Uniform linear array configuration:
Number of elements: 16
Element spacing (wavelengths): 1
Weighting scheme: blackman
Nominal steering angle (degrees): -30
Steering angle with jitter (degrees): -28.37
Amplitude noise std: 0.05
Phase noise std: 0.05

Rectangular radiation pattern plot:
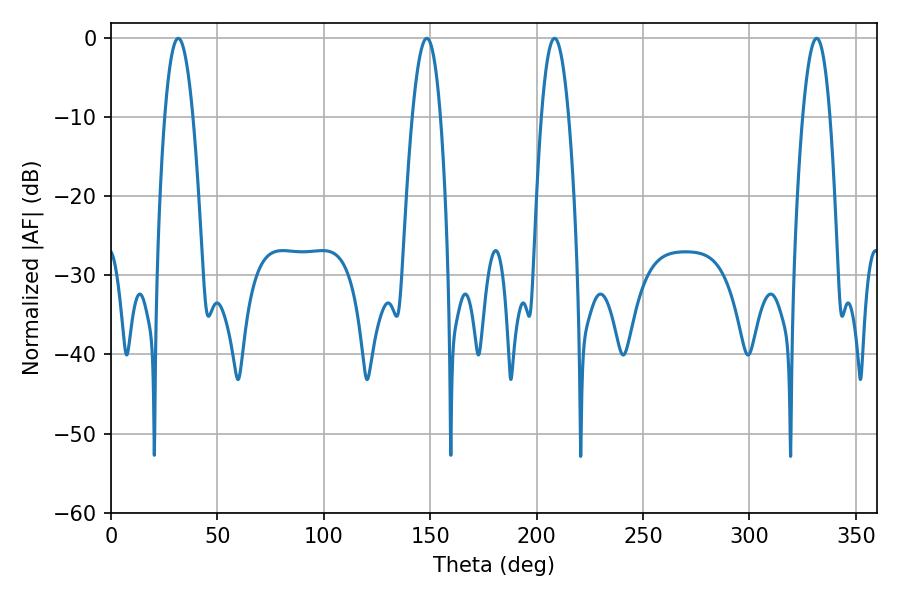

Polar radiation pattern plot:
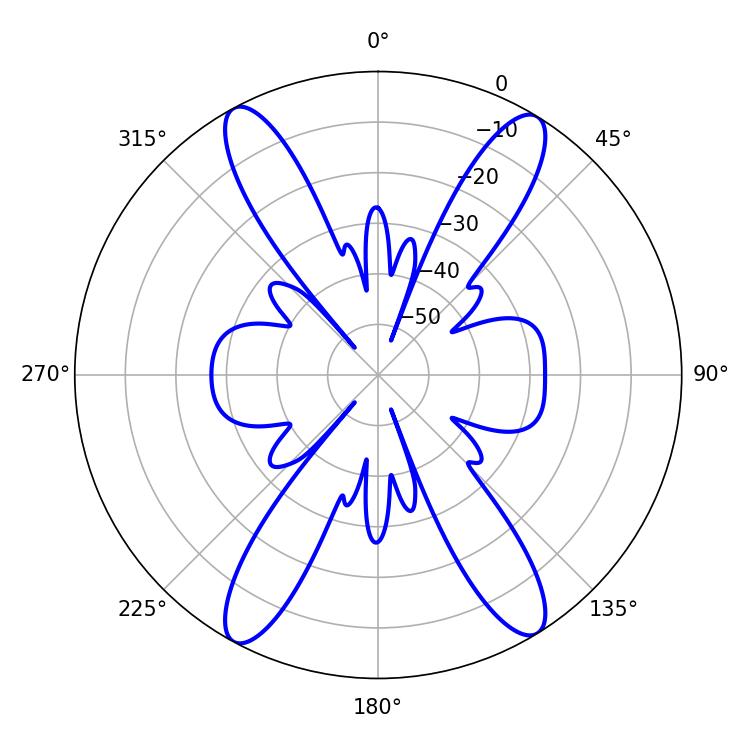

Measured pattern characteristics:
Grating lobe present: TRUE
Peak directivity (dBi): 20.517
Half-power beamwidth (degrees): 7.02
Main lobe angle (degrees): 331.56